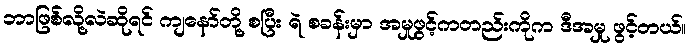
ဘာဖြစ်လို့လဲဆိုရင် ကျနော်တို့ စပြီး ရဲ စခန်းမှာ အမှုဖွင့်ကတည်းကိုက ဒီအမှု ဖွင့်တယ်။